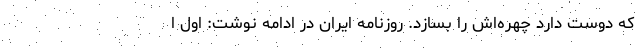
که دوست دارد چهره‌اش را بسازد. روزنامه ایران در ادامه نوشت: اول ا